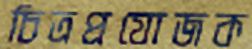
চিত্রপ্রযোজক